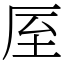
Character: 厔